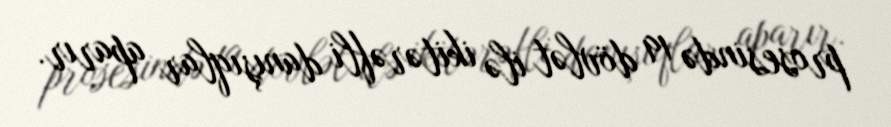
prosesində 19 dövlət ilə ikitərəfli danışıqlar aparır.